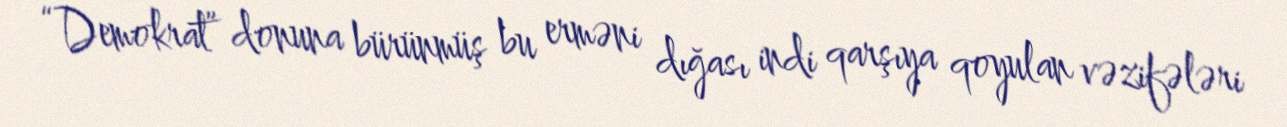
“Demokrat” donuna bürünmüş bu erməni dığası indi qarşıya qoyulan vəzifələri